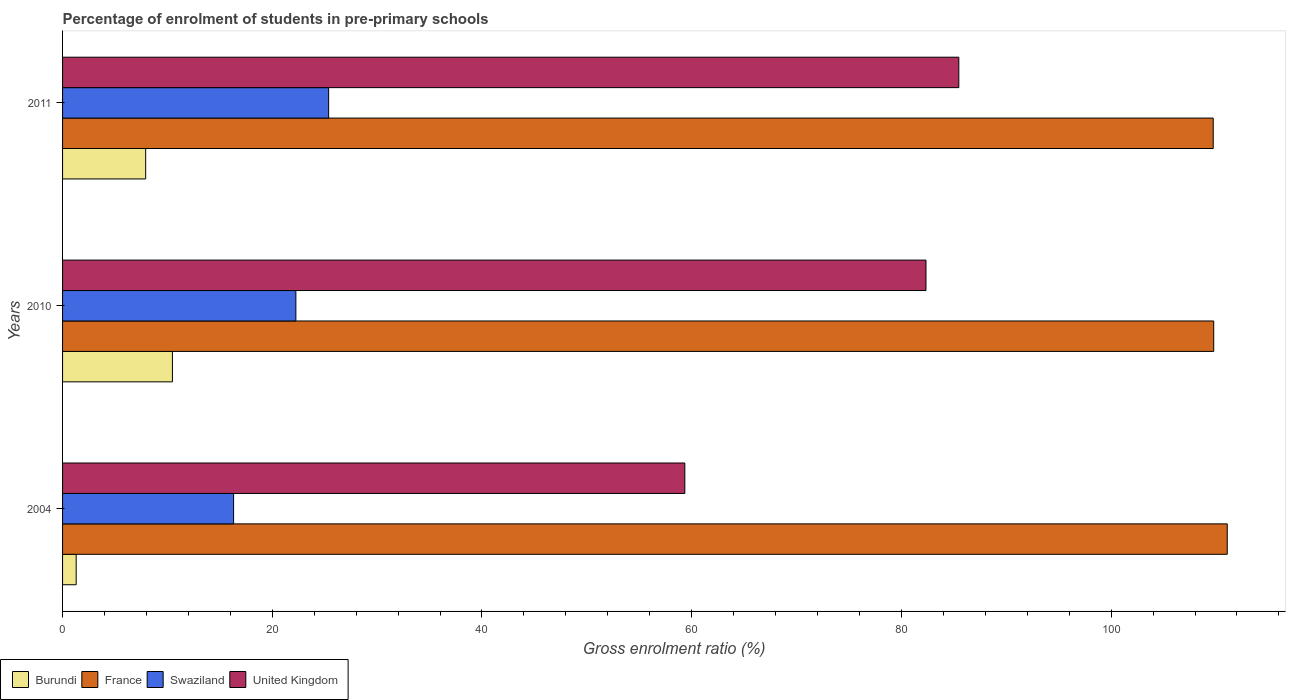
| Years | Burundi | France | Swaziland | United Kingdom |
 | --- | --- | --- | --- | --- |
 | 2004 | 1.3 | 111 | 16.3 | 59.3 |
 | 2010 | 10.5 | 110 | 22.3 | 82.3 |
 | 2011 | 7.93 | 110 | 25.4 | 85.5 |